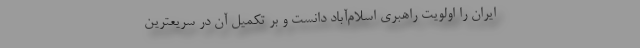
ایران را اولویت راهبری اسلام‌آباد دانست و بر تکمیل آن در سریعترین